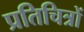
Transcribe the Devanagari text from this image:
प्रतिचित्रों